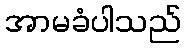
အာမခံပါသည်